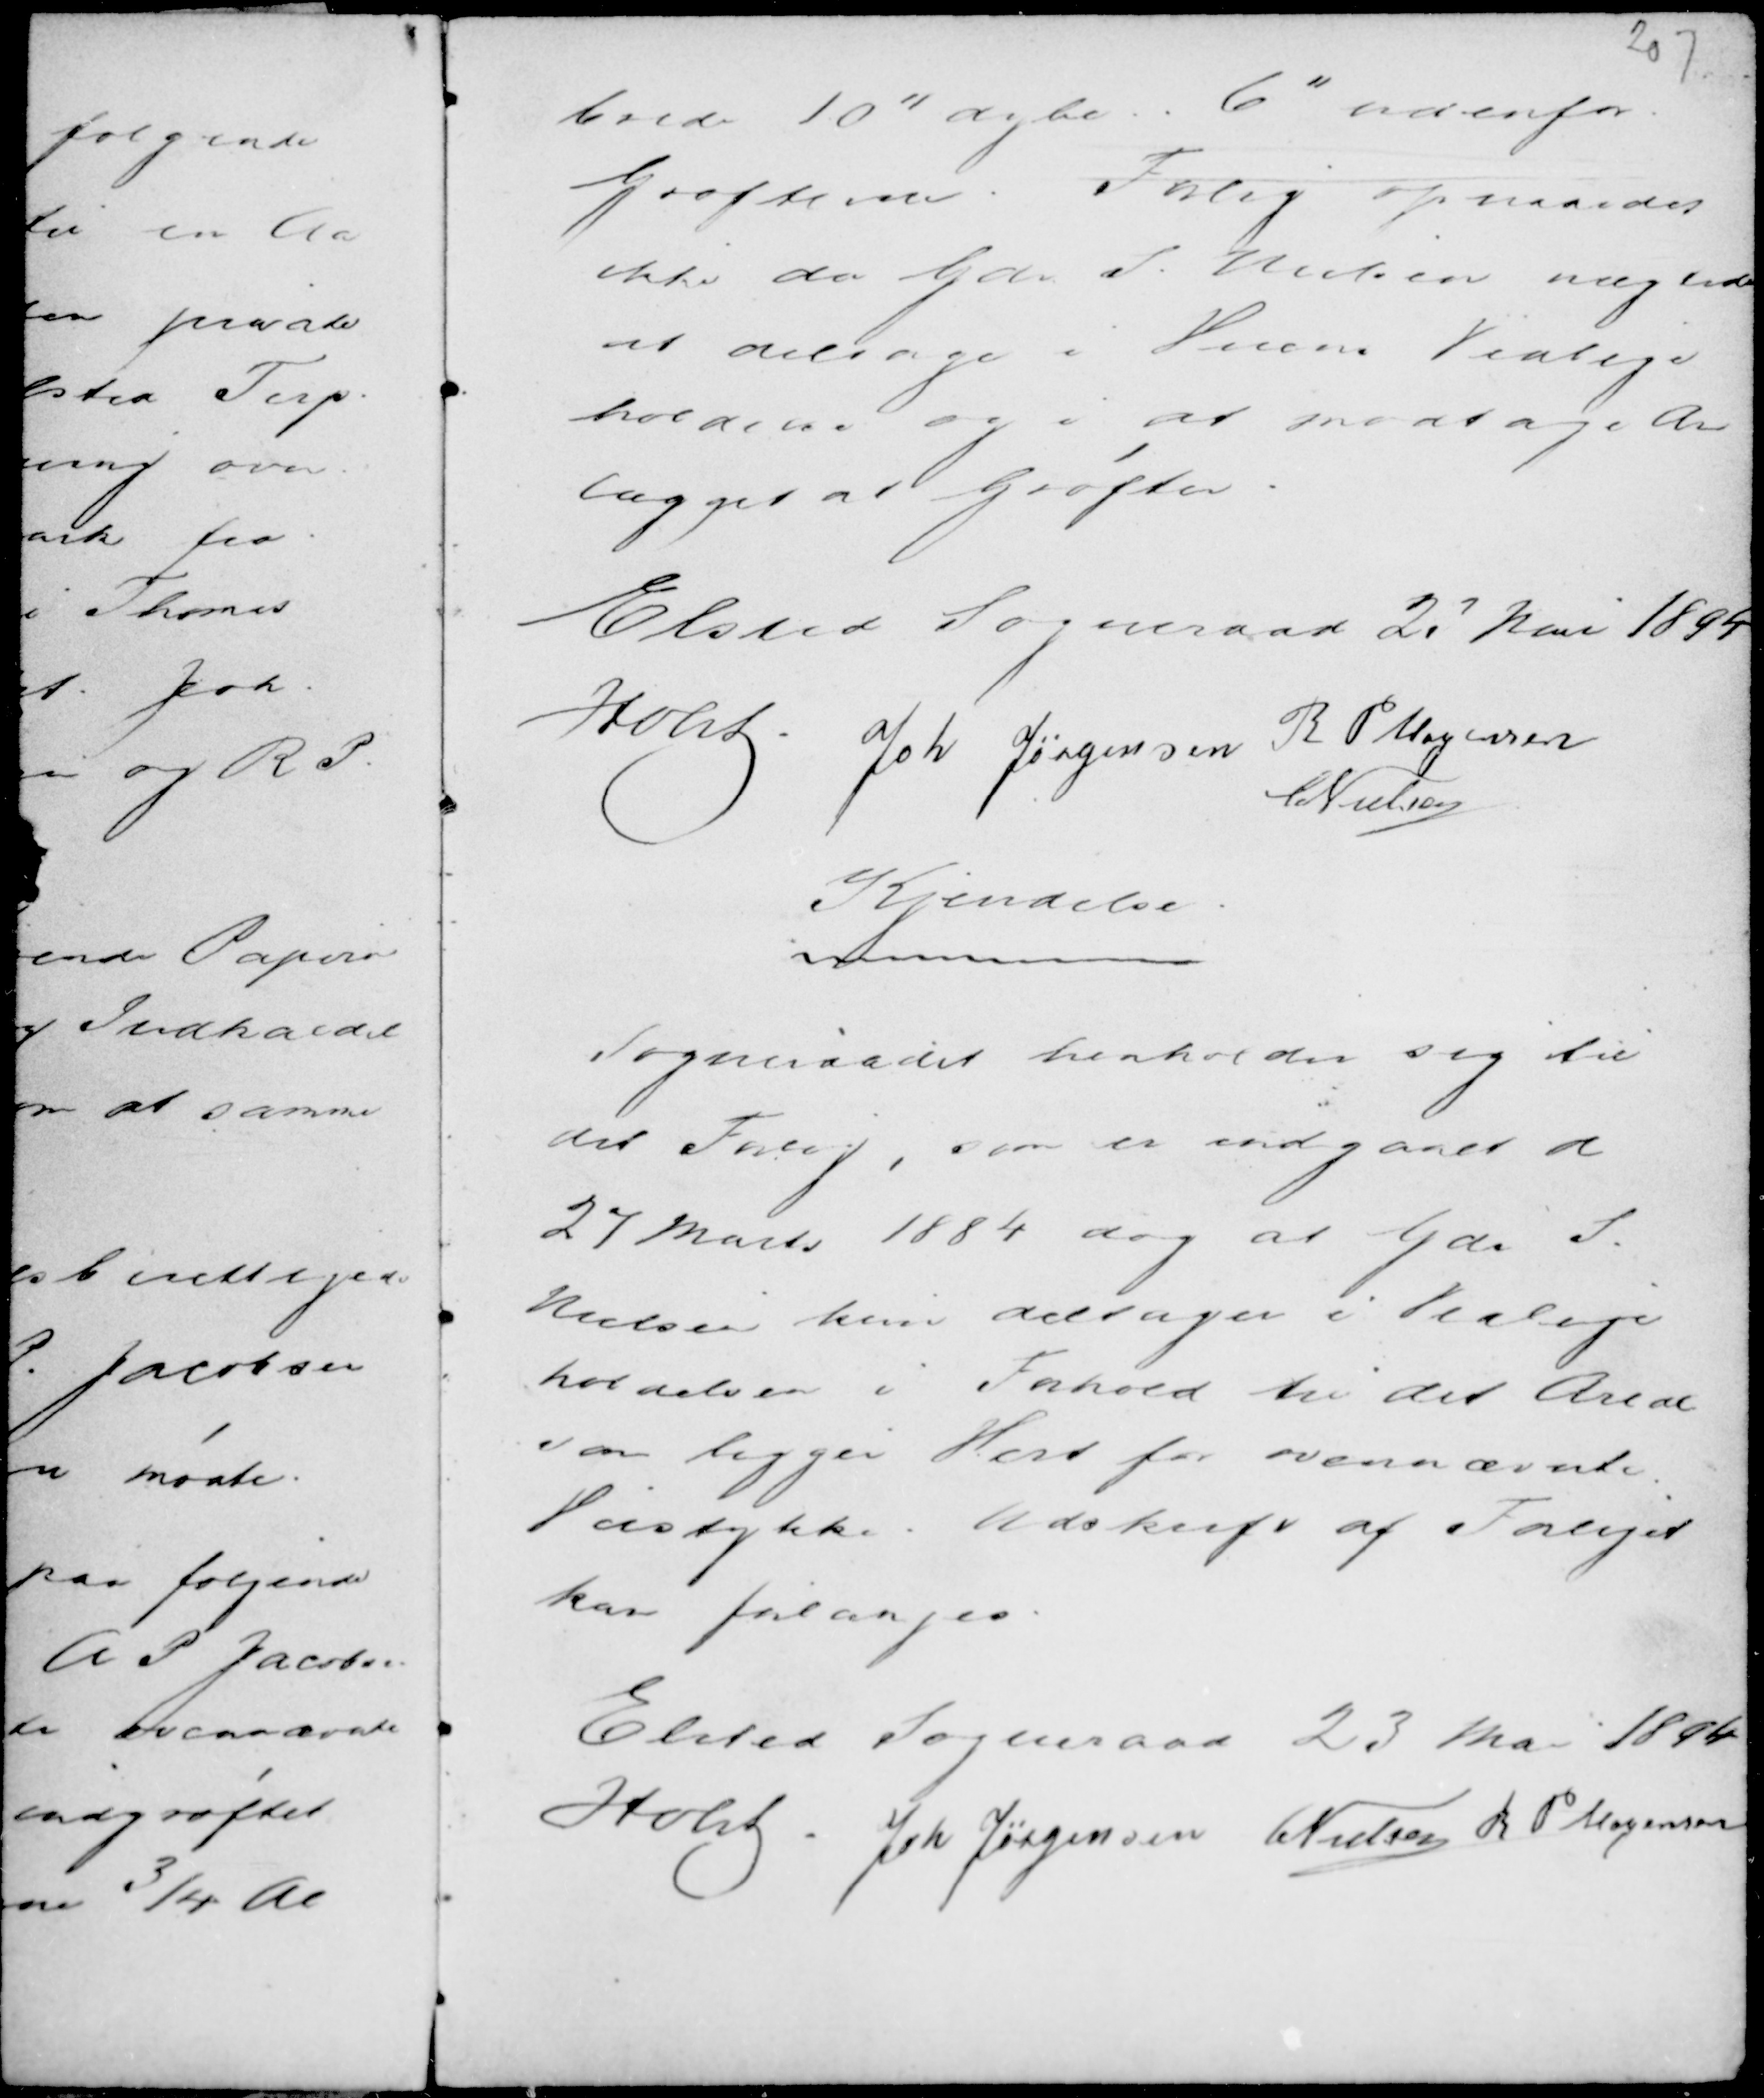
Transskription:
brede 10" dybde 6" udenfor
Grøfterne. Forlig opnaaedes
ikke da Gdr S. Nielsen nægtede
at deltage i Veiens Vedlige
holdelse og i at modtage An
lægget at Grøften.

Elsted Sogneraad 23 Mai 1894
Holst .
Joh Jørgensen R P Mogensen
C Nielsen

Kjendelse.
-------------

Sogneraadet henholder sig til
det Forlig som er indgaaet d
27 Marts 1884 dog at Gdr S.
Nielsen kun deltager i Vedlige
holdelsen i Forhold til det Areal
som ligger Vest for ovennævnte
Veistykke. Udskrift af Forliget
kan forlanges.

Elsted Sogneraad 23 Mai 1894
Holst . Joh Jørgensen C Nielsen R P Mogensen